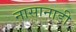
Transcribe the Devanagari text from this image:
नासानाड़ी